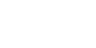
ကပ္ပိယာ